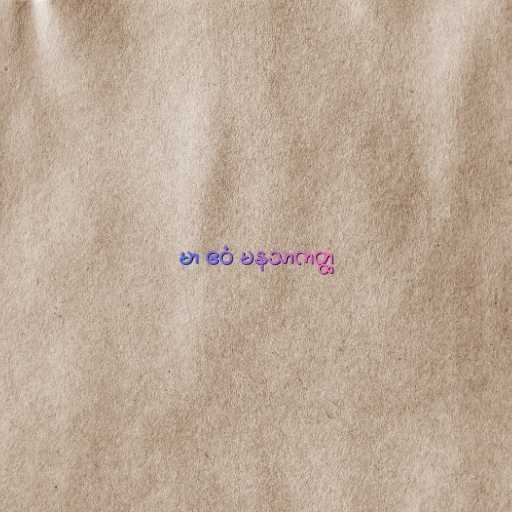
မာ ဧဝံ မနသာကတ္ထ